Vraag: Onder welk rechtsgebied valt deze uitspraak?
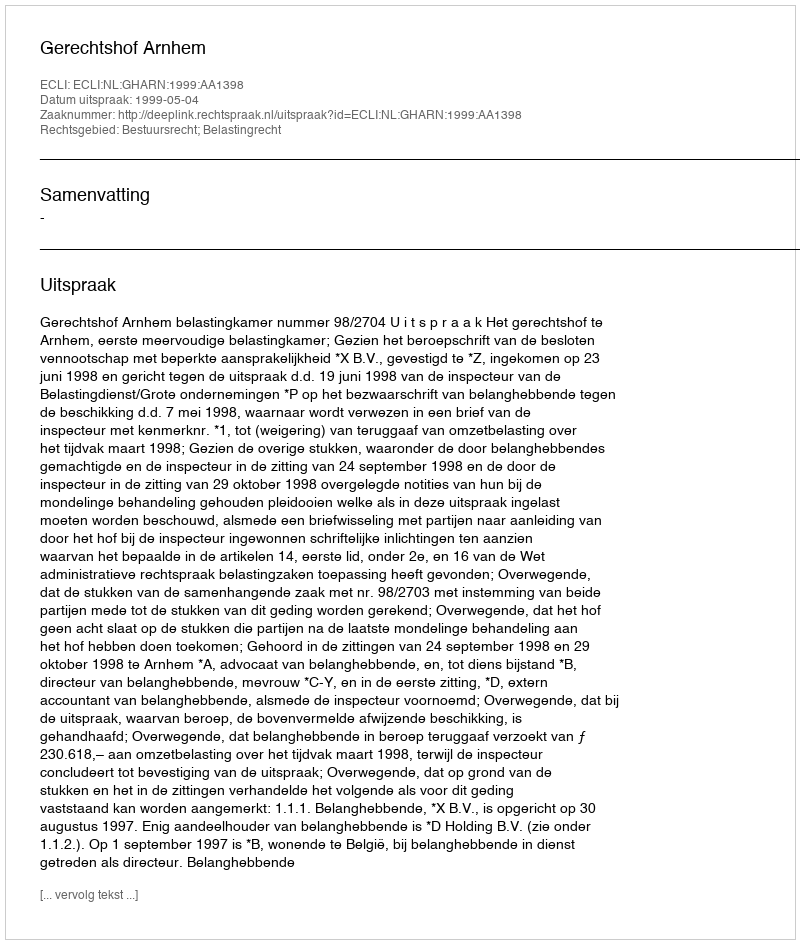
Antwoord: Bestuursrecht; Belastingrecht